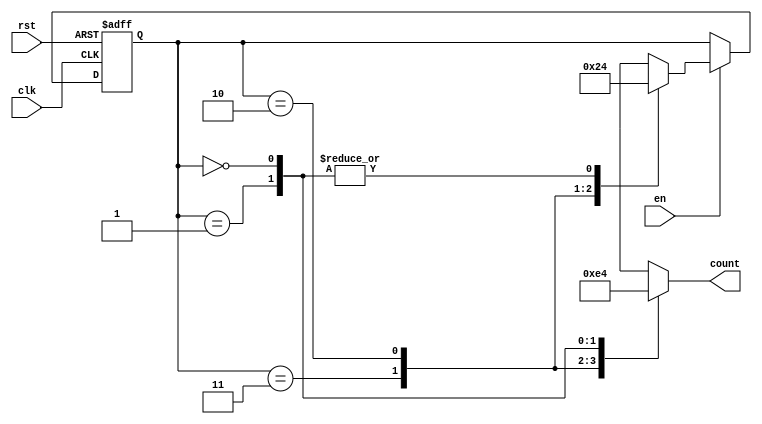
module down_counter (
    input wire clk,    // Clock signal
    input wire rst,    // Asynchronous reset
    input wire en,     // Enable signal
    output reg [1:0] count // 2-bit output representing the current count value
);

// State encoding
localparam STATE_3 = 2'b11; // Count value 3
localparam STATE_2 = 2'b10; // Count value 2
localparam STATE_1 = 2'b01; // Count value 1
localparam STATE_0 = 2'b00; // Count value 0

// Current state register
reg [1:0] current_state;

// Sequential logic for state transitions
always @(posedge clk or posedge rst) begin
    if (rst) begin
        current_state <= STATE_3; // Reset to State 3
    end else if (en) begin
        case (current_state)
            STATE_3: current_state <= STATE_2; // Transition from 3 to 2
            STATE_2: current_state <= STATE_1; // Transition from 2 to 1
            STATE_1: current_state <= STATE_0; // Transition from 1 to 0
            STATE_0: current_state <= STATE_0; // Stay in State 0
            default: current_state <= STATE_3; // Default case (should not occur)
        endcase
    end
end

// Output logic based on current state
always @(*) begin
    case (current_state)
        STATE_3: count = 2'b11; // Output 3
        STATE_2: count = 2'b10; // Output 2
        STATE_1: count = 2'b01; // Output 1
        STATE_0: count = 2'b00; // Output 0
        default: count = 2'b11; // Default output (should not occur)
    endcase
end

endmodule